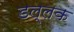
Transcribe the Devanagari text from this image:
डल्लक